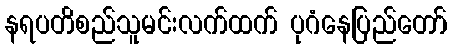
နရပတိစည်သူမင်းလက်ထက် ပုဂံနေပြည်တော်